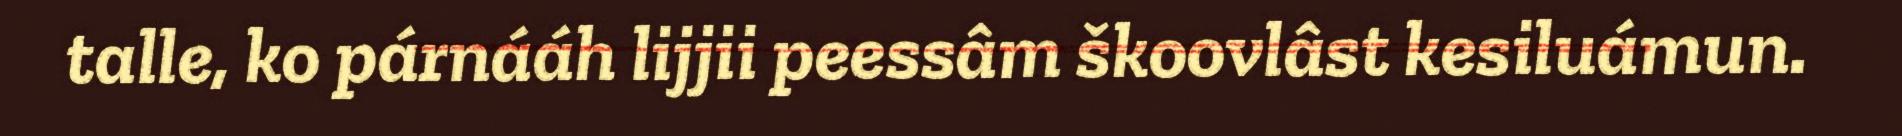
talle, ko párnááh lijjii peessâm škoovlâst kesiluámun.